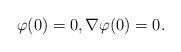
LaTeX: \begin{align*}\varphi(0)=0,\nabla\varphi(0)=0.\end{align*}